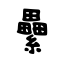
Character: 纍